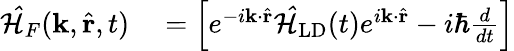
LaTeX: \begin{array}{rl}{\mathcal{\hat{H}}_{F}(\mathbf{k},\hat{\mathbf{r}},t)}&{{}=\left[e^{-i\mathbf{k}\cdot\hat{\mathbf{r}}}\mathbf{\mathcal{\hat{H}}}_{\textrm{LD}}(t)e^{i\mathbf{k}\cdot\hat{\mathbf{r}}}-i\hbar\frac{d}{dt}\right]}\end{array}